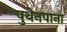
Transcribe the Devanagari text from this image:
पुथेनपाना